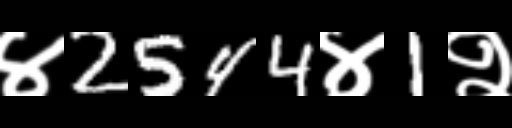
Text: ४2544४1२